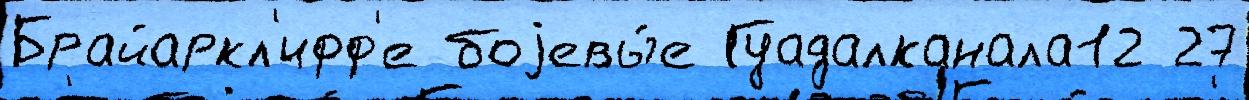
Брайаркл'ифф'е боjевы́е Гуадалканала12 27